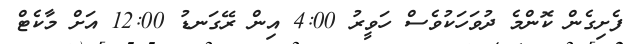
ފެށިގެން ކޮންމެ ދުވަހަކުވެސް ހަވީރު 4:00 އިން ރޭގަނޑު 12:00 އަށް މާކެޓް